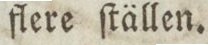
flere ſtällen.